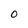
Character: o